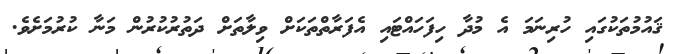
ޤައުމުތަކުގައި ހުރިނަމަ އެ މުދާ ހިފަހައްޓައި އެފަރާތްތަކަށް ވިލާތަށް ދަތުރުކުރުން މަނާ ކުރުމަށެވެ.